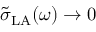
\tilde { \sigma } _ { \mathrm { L A } } ( \omega ) \rightarrow 0